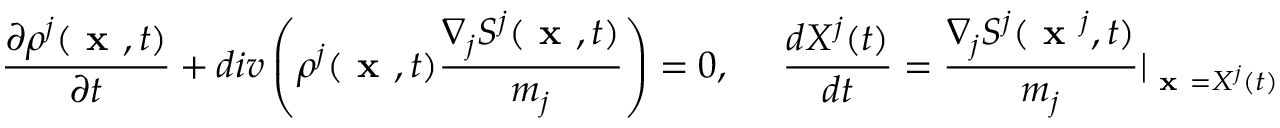
\frac { \partial \rho ^ { j } ( \textbf { x } , t ) } { \partial t } + d i v \left( \rho ^ { j } ( \textbf { x } , t ) \frac { \nabla _ { j } S ^ { j } ( \textbf { x } , t ) } { m _ { j } } \right) = 0 , ~ ~ ~ ~ \frac { d X ^ { j } ( t ) } { d t } = \frac { \nabla _ { j } S ^ { j } ( \textbf { x } ^ { j } , t ) } { m _ { j } } \vert _ { \textbf { x } = X ^ { j } ( t ) }